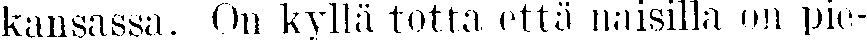
kansassa. Om kyllä totta että naisilla on pie-